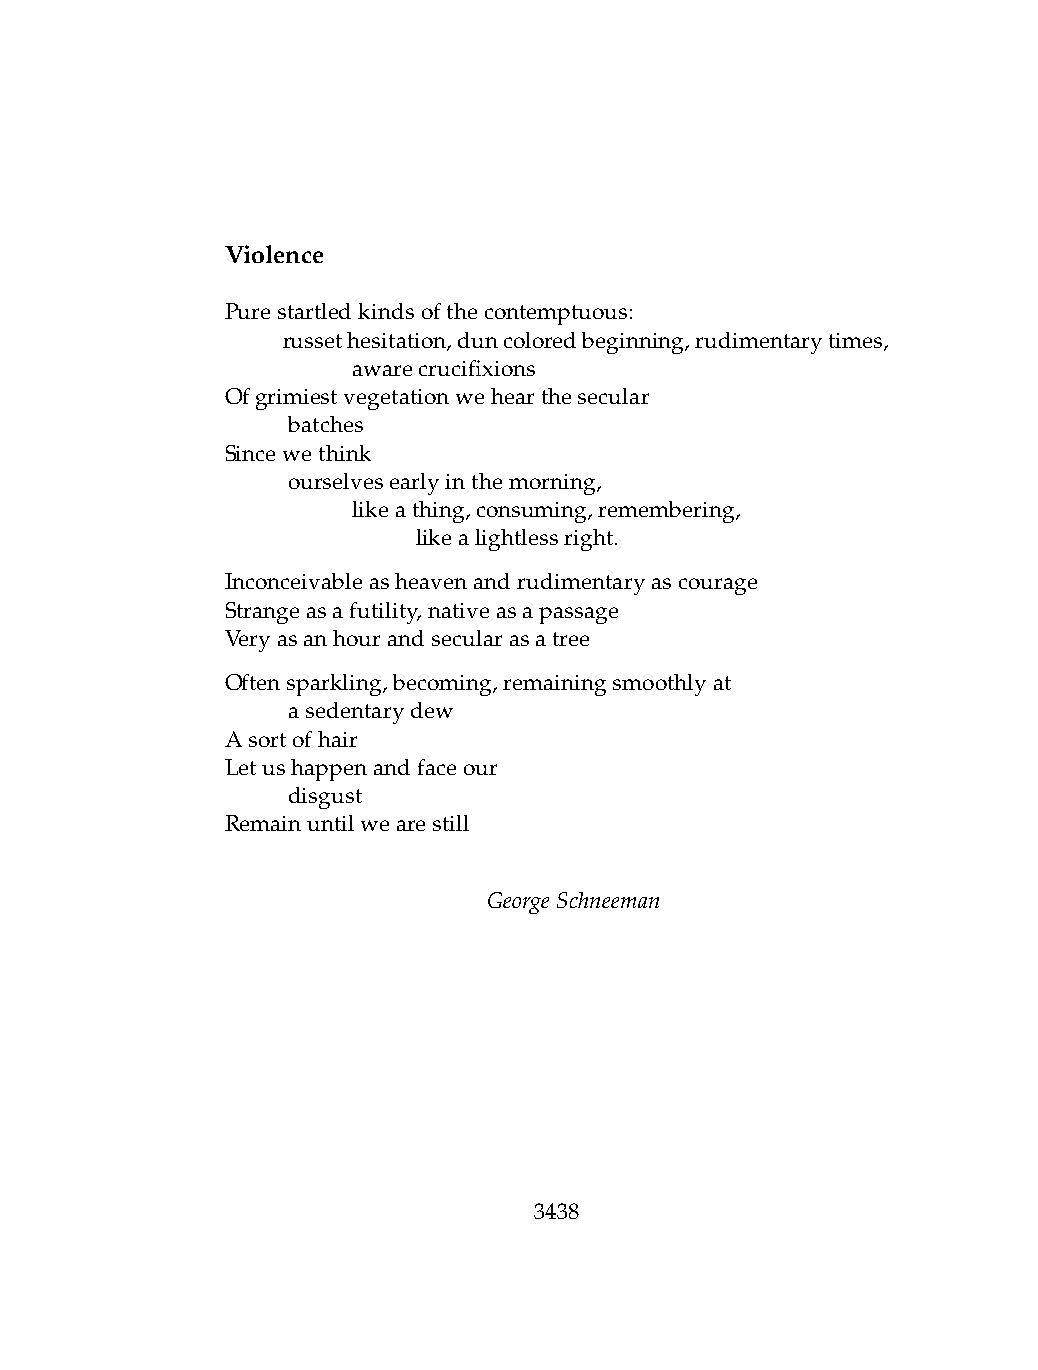
Violence
 Purestartledkindsofthecontemptuous:
 .   russethesitation,duncoloredbeginning,rudimentarytimes,
 .   .   awarecrucifixions
 Ofgrimiestvegetationwehearthesecular
 .   batches
 Sincewethink
 .   ourselvesearlyinthemorning,
 .   .   likeathing,consuming,remembering,
 .   .   .    likealightlessright.
 Inconceivableasheavenandrudimentaryascourage
 Strangeasafutility,nativeasapassage
 Veryasanhourandsecularasatree
 Oftensparkling,becoming,remainingsmoothlyat
 .   asedentarydew
 Asortofhair
 Letushappenandfaceour
 .   disgust
 Remainuntilwearestill
 GeorgeSchneeman
 3438